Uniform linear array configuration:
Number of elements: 48
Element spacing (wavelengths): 0.75
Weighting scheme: exponential
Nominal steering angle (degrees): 45
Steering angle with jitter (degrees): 46.562
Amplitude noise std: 0.05
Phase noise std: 0.05

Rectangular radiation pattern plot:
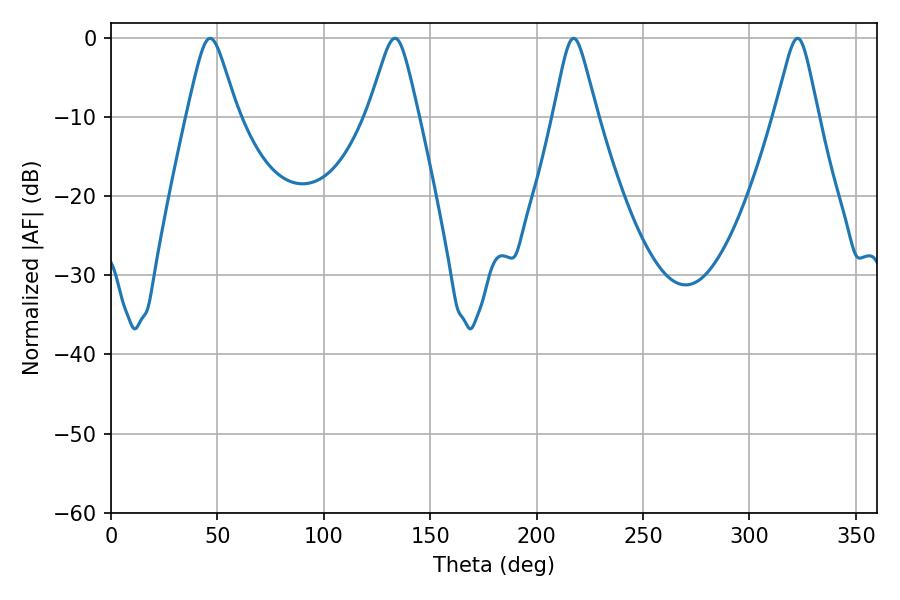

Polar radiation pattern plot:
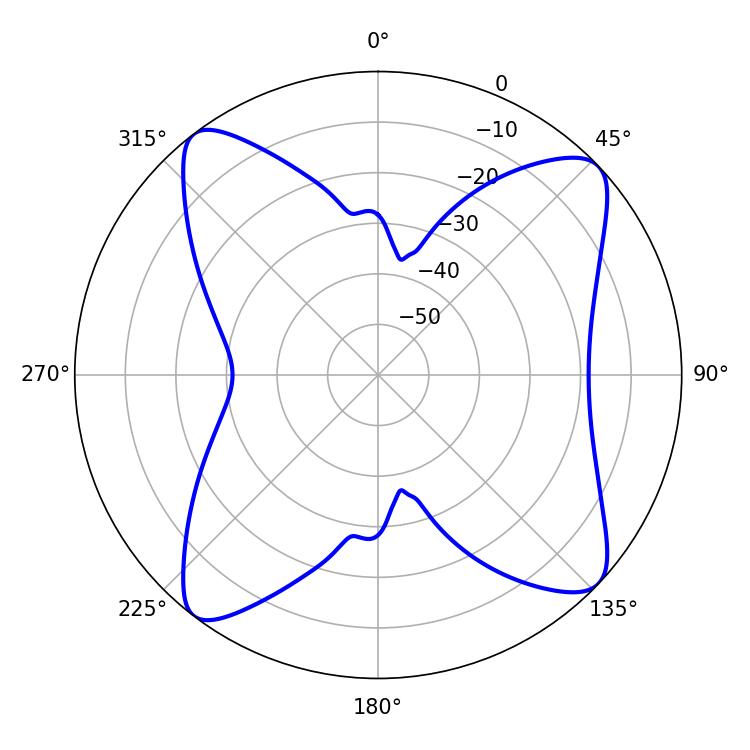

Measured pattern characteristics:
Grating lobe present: TRUE
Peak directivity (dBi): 12.602
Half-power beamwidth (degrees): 11.34
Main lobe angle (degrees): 46.62